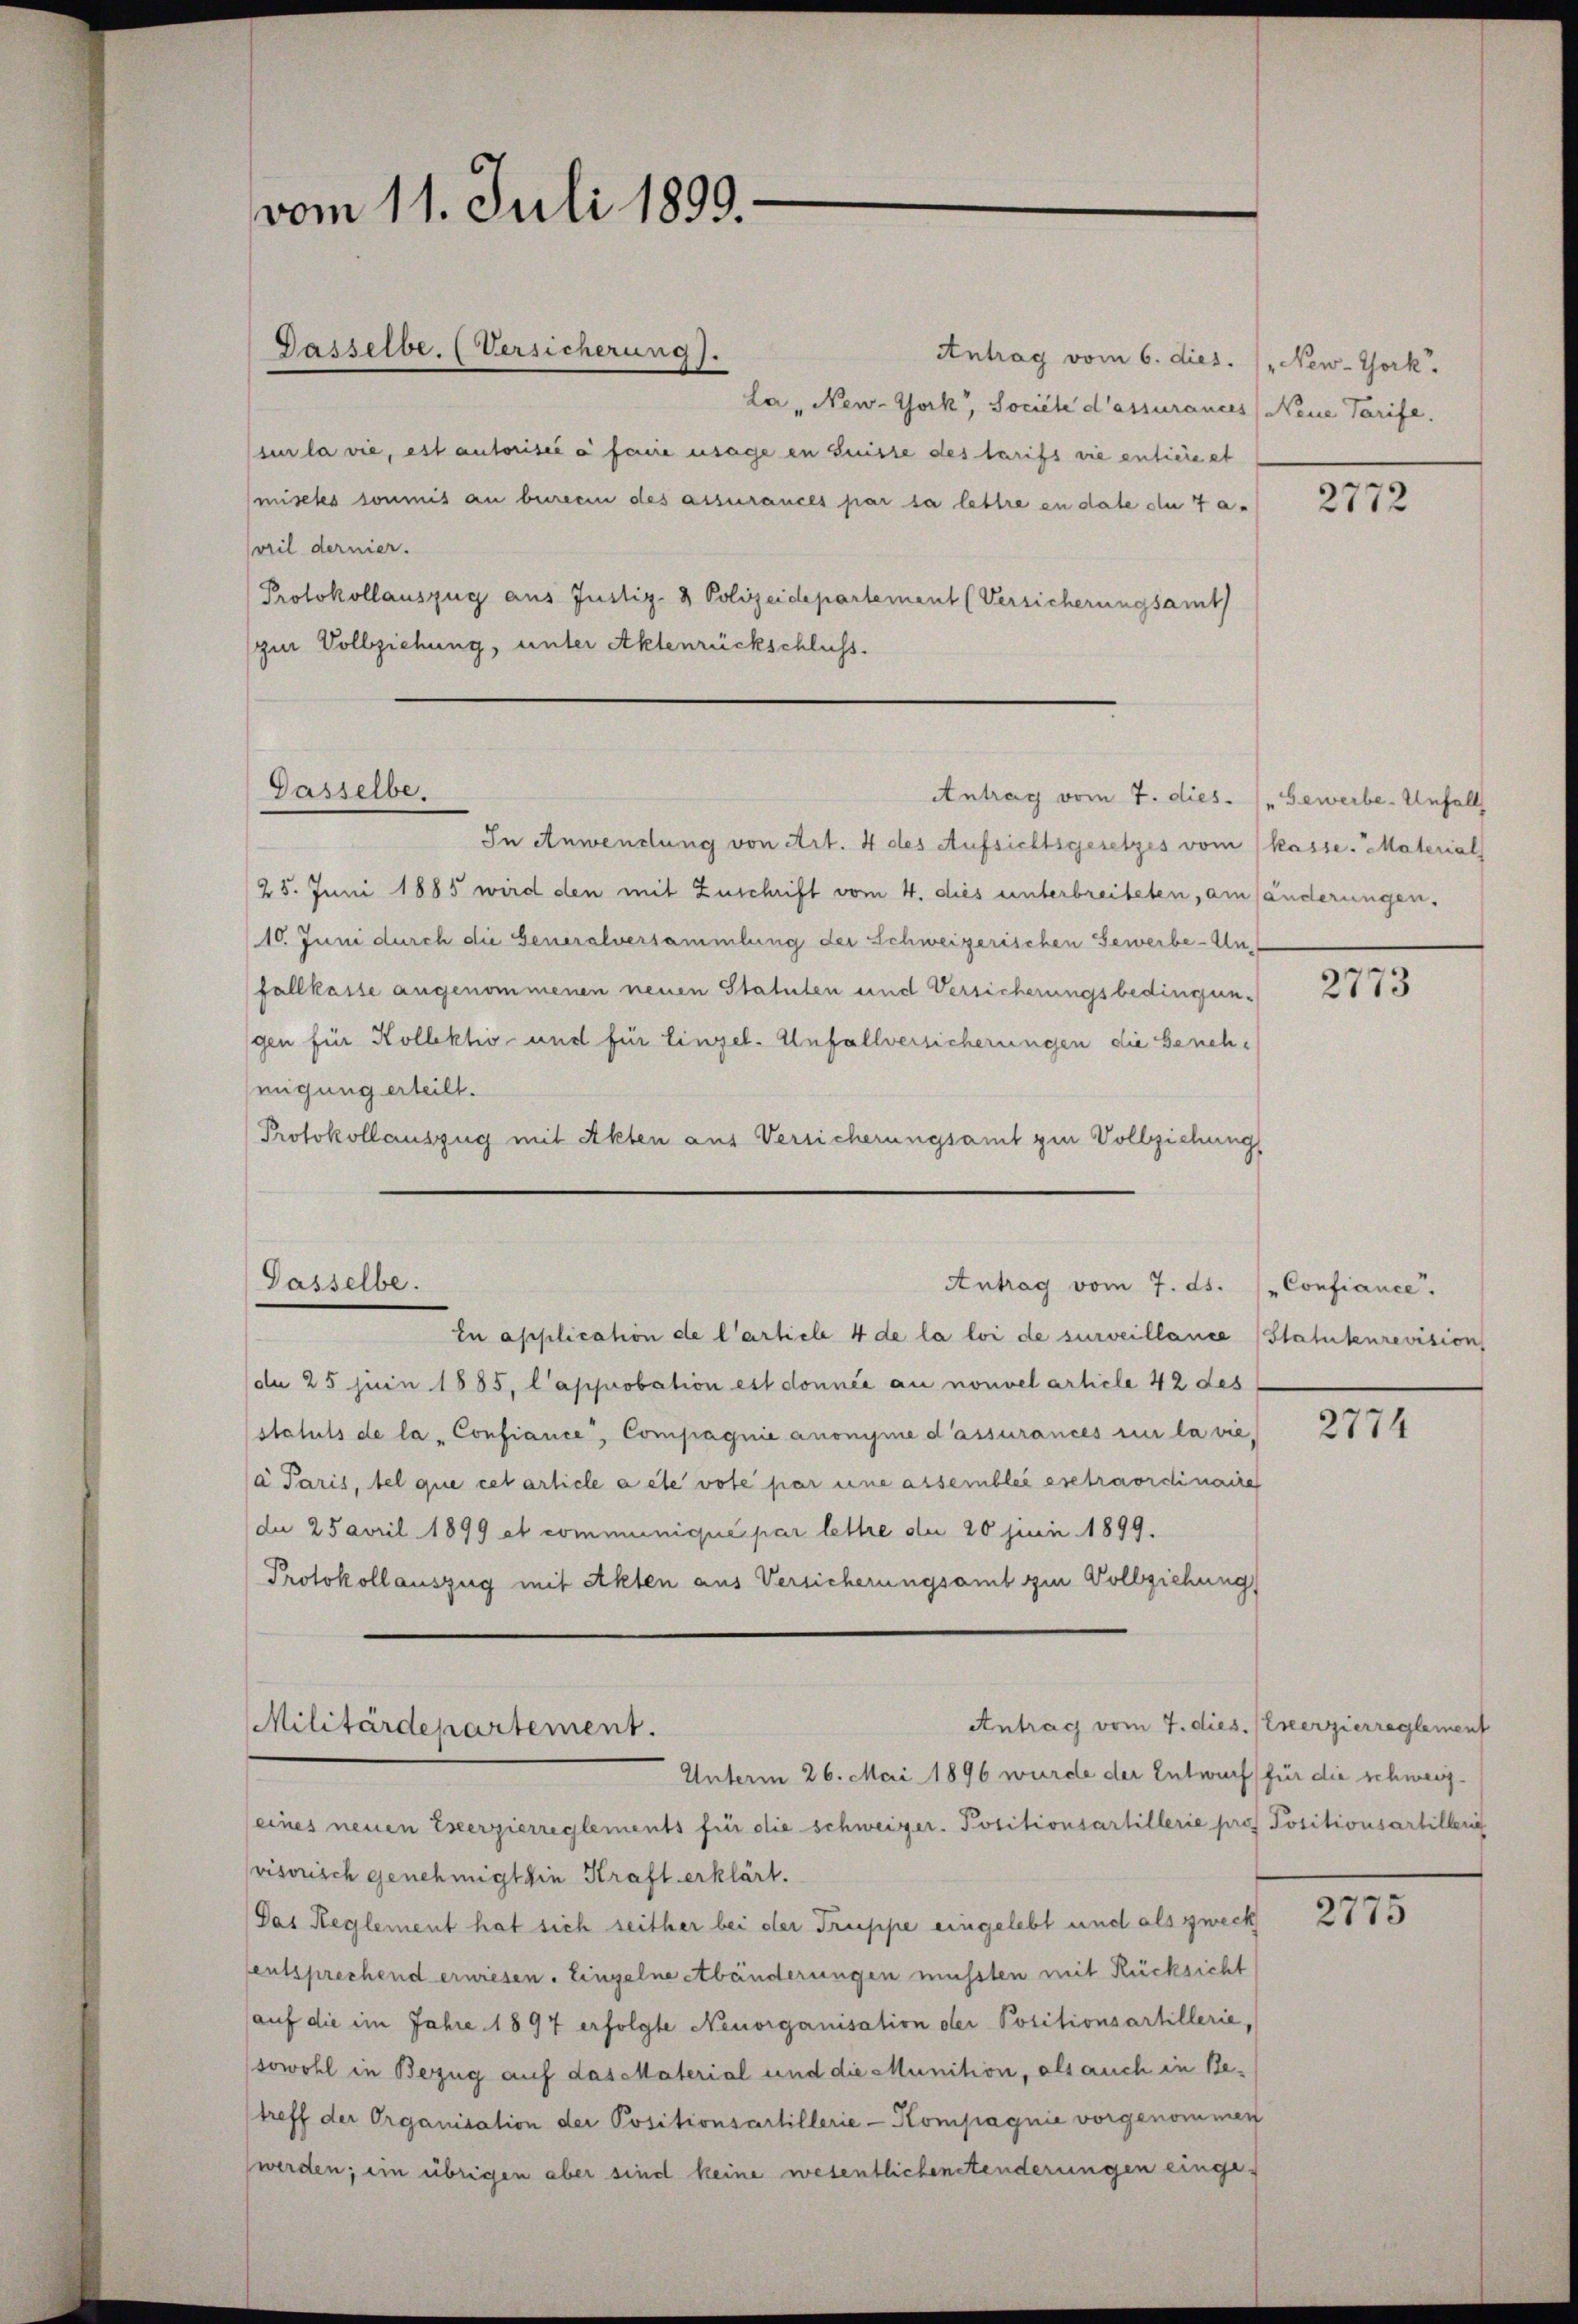
vom 11. Juli 1899.
Gasselbe. (Versicherung).

La „New-York, Société d’assurances Neue Tarife.
sur la vie, est autorisée à faire usage in Suisse des tarifs die entiere et
misches sommis an berecen des assurances par sa lettre en date die 4 asvil dernier.
Protokollauszug aus Justiz- & Polizeidepartement (Versicherungsamt
zur Vollziehung, unter Aktenrückschluss.

Gasselbe.

Dasselbe.

Antrag vom 7. dies.   .  Gewerbe. Unfall

In Anwendung von Art. 4 des Aufsichtsgesetzes vom (Kasse. Material
25. Juni 1885 wird den mit Zuschrift vom 4. dies unterbreiteten, am Händerungen,
(10. Juni durch die Generalversammlung der Schweizerischen Gewerbe - Unfallkasse angenommenen neuen Statuten und Versicherungsbedingungen für Kollektio- und für Eingel. Unfallversicherungen die Genehmigung erteilt.
Protokollauszug mit Akten aus Versicherungsamt zur Vollziehung

Antrag vom 7. ds. (Confiance.

Antrag vom 7. dies. (Exerzierreglement
Militärdepartement.

Antrag vom 6. dies. New-York,

En application de l’article 4 de la loi de surveillance (Statutenrevision
de 25 juin 1885, l’approbation est donnée au nouvel article 42 des
statuts de la Confiance, Compagnie anonyme d’assurances zu la vie,
(a Paris, tel que cet article a été vote par une assemblée extraordinaire
de 25 April 1899 et communiqué par lettre der 20 juni 1899.
Protokollauszug mit Akten aus Versicherungsamt zur Vollziehung

Unterm 26. Mai 1896 wurde der Entwurf für die schweiz¬
(eines neuen Exerzierreglements für die schweizer. Positionsartillerie pros Positionsartilberg
visorisch genehmigt sie Kraft erklärt.
Das Reglement hat sich seither bei der Truppe eingelebt und als zweck
entsprechend erwiesen. Einzelne Abänderungen müssten mit Rücksicht
(auf die im Jahre 1897 erfolgte Neuorganisation der Positionsartillerie,
sowohl in Bezug auf das Material und die Munition, als auch in Betreff der Organisation der Positionsartillerie-Kompagnie vorgenommen
werden; ein übrigen aber sind keine wesentlichentenderungen einge-

2772

2773

2774

2775